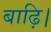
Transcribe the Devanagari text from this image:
बाढ़ि।